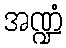
အဏ္ဍံ